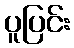
ပူပြင်း